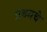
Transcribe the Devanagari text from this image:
प्रथमचे